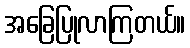
အခြေပြုလာကြတယ်။